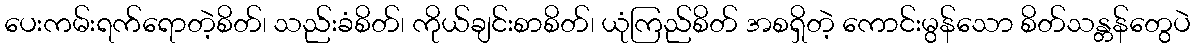
ပေးကမ်းရက်ရောတဲ့စိတ်၊ သည်းခံစိတ်၊ ကိုယ်ချင်းစာစိတ်၊ ယုံကြည်စိတ် အစရှိတဲ့ ကောင်းမွန်သော စိတ်သန္တန်တွေပဲ